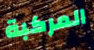
المركبة